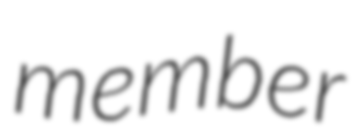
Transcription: member